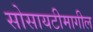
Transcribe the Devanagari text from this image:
सोसायटीमागील